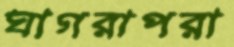
ঘাগরাপরা